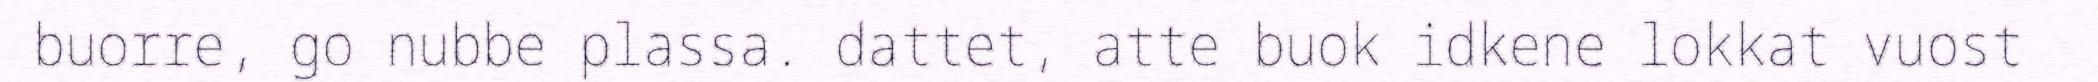
buorre, go nubbe plassa. dattet, atte buok idkene lokkat vuost